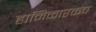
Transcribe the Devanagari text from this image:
हानिकारकच